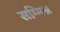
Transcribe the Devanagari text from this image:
सम्‍मिश्र